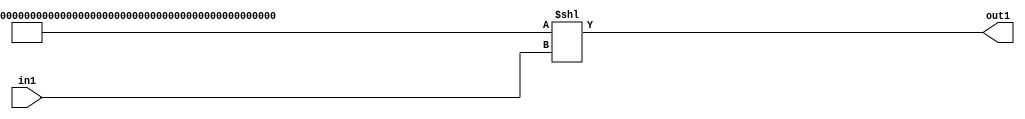
`timescale 1ps / 1ps
/*****************************************************************************
    Verilog RTL Description
    
    
    Created by: Stratus DpOpt 2019.1.01 
*******************************************************************************/

module cache_LeftShift_320U_12_1_0 (
	in1,
	out1
	); /* architecture "behavioural" */ 
input [10:0] in1;
output [319:0] out1;
wire [319:0] asc001;

assign asc001 = 320'B11111111111111111111111111111111111111111111111111111111111111111111111111111111111111111111111111111111111111111111111111111111111111111111111111111111111111111111111111111111111111111111111111111111111111111111111111111111111111111111111111111111111111111111111111111111111111111111111111111111111111111111111111111110
    << in1;

assign out1 = asc001;
endmodule

/* CADENCE  vrnwSA4= : u9/ySgnWtBlWxVPRXgAZ4Og= ** DO NOT EDIT THIS LINE ******/